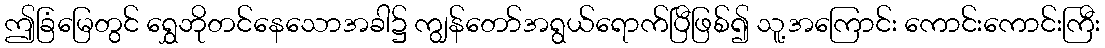
ဤခြံမြေတွင် ရွှေဘိုတင်နေသောအခါ၌ ကျွန်တော်အရွယ်ရောက်ပြီဖြစ်၍ သူ့အကြောင်း ကောင်းကောင်းကြီး